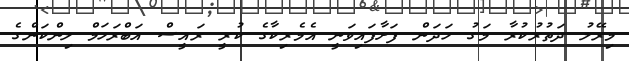
މިރޭލު ދަތުރުކުރާ މަގު ހަދަން ފަށާފައިވަނީ އެމެރިކާގެ ކުރީ ރައީސް އަބްރަހަމް ލިންކަންގެ